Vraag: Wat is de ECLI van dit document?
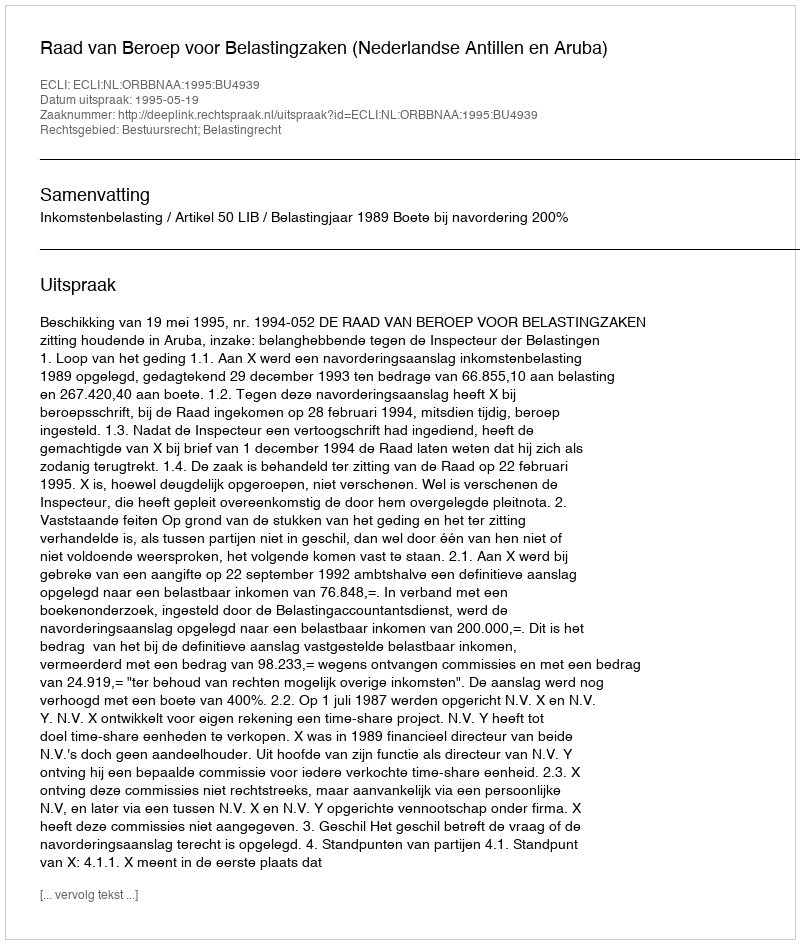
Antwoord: ECLI:NL:ORBBNAA:1995:BU4939